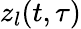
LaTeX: z_{l}(t,\tau)